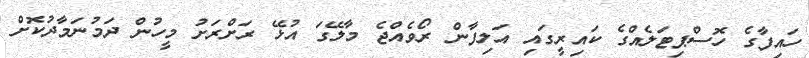
ހައިފާގެ ހޮސްޕިޓަލެއްގެ ކައިރީގައި އަލިފާން ރޯވެއްޖެ މާލޭގަ އުޅޭ ރަށްރަށު މީހުން ދަމުނަމާދުކޮށް